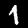
Label: 1